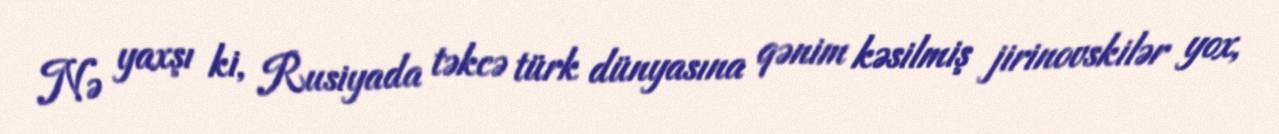
Nə yaxşı ki, Rusiyada təkcə türk dünyasına qənim kəsilmiş jirinovskilər yox,